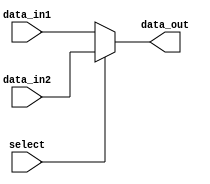
module vector_continuous_assignment (
    input wire [7:0] data_in1,      // First 8-bit input
    input wire [7:0] data_in2,      // Second 8-bit input
    input wire select,               // Control signal for selection
    output wire [7:0] data_out       // 8-bit output vector
);

    // Continuous assignment for data_out based on the select signal
    assign data_out = (select) ? data_in2 : data_in1;

endmodule